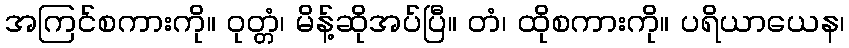
အကြင်စကားကို။ ဝုတ္တံ၊ မိန့်ဆိုအပ်ပြီ။ တံ၊ ထိုစကားကို။ ပရိယာယေန၊